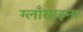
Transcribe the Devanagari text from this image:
ग्लाँसाइना